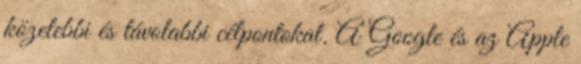
közelebbi és távolabbi célpontokat. A Google és az Apple